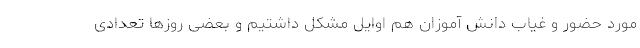
مورد حضور و غیاب دانش آموزان هم اوایل مشکل داشتیم و بعضی روزها تعدادی